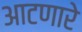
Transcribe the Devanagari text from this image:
आटणारे